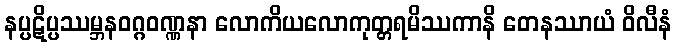
နပ္ပဋိပ္ပဿမ္ဘနဝဂ္ဂဝဏ္ဏနာ လောကိယလောကုတ္တရမိဿကာနိ တေနဿာယံ ဝိလီနံ